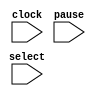
// The bakery algorithm for mutual exclusion simulates a bakery in
// which customers (processes) take a numbered ticket when they enter the
// store, and then wait for their number to be called.
//
// This (almost) parameterized implementation emulates interleaving
// of the system process by a nondeterministic global selector.
//
// This implementation is finite state.  Rather than holding a numerical
// ticket, processes update a matrix that keeps track of the relative age
// of their tickets.  When a process wants to enter the critical region,
// it records the indices of all processes currently holding a ticket.
// These are the processes to which it will defer.  Hence, the information
// stored in a matrix called "defer."
//
// Ties among processes with ticket of the same age are broken according
// to a fixed priority scheme:  a process with lower index has precedence
// over one with higher index.
//
// On exit from the critical region, a process has to clear all the deference
// bits in which it is one of the two parties to prevent deadlock.
//
// Due to restrictions imposed by vl2mv, the parameterization of this
// description is incomplete.  Besides changing the values of the
// parameters, one also has to modify the two functions extract and
// clearBit.
//
// This description still retains the basic sequence of actions (distributed
// among 11 program steps) of the original bakery in the VIS distribution.
// In particular, the setting of the defer bits (corresponding to the choice
// of a ticket) is an atomic operation.  So is the clearing of the defer
// bits on exit from the critical regions.  This is not a very good idea,
// though it reduces the sequential depth of the model.
//

// Type of program counter locations.
//typedef enum {L1, L2, L3, L4, L5, L6, L7, L8, L9, L10, L11} loc;

module bakery(clock,select,pause);
    // MSB of the process index variables.  Enough bits should be given
    // to represent HIPROC+1
    parameter		SELMSB = 1;
    // Highest process index.  Indices start at 0.
    // It must be HIPROC < 2**(SELMSB+1).
    parameter 		HIPROC = 2;
    
    
    parameter PCMSB = 3;

    parameter L1 = 0;
    parameter L2 = 1;
    parameter L3 = 2;
    parameter L4 = 3;
    parameter L5 = 4;
    parameter L6 = 5;
    parameter L7 = 6;
    parameter L8 = 7;
    parameter L9 = 8;
    parameter L10 = 9;
    parameter L11 = 10;
    
    
    input 		clock;
    // Nondeterministic selection of enabled process.
    input [SELMSB:0] 	select;
    // Nondeterministic choice between pause and progress.
    input 		pause;

    // The ticket-holding flags of the processes.
    reg			ticket[0:HIPROC];
    // More than one process may be choosing a ticket.  Hence, more than
    // one process may end up with the same ticket number.  These global
    // variables allow one process to wait for completion of a choice
    // that is in progress before comparing its ticket to that of another
    // process.  If the ticket number is the same, the process index is
    // used to decide which process accesses the critical section.
    reg 		choosing[0:HIPROC];
    // The program counters of the processes.
    reg [PCMSB:0]            pc[0:HIPROC];
    // The loop indices of the processors.
    reg [SELMSB:0] 	j[0:HIPROC];
    // The latched value of the process selection variable.
    // Th1s variable appears in the fairness constraints.
    reg [SELMSB:0] 	selReg;
    // Register used to hold j[sel].  It could be replaced by a wire,
    // but the BDDs would suffer.
    reg [SELMSB:0] 	k;
    reg [HIPROC:0]	defer[0:HIPROC];
    reg [HIPROC:0] 	defSel, defK;
    reg 		defSelK, defKSel;
    integer 		i;


    // Extract one bit from a vector.
    // WARNING: change if HIPROC is modified.
    function extract;
	input [HIPROC:0] in;
	input [SELMSB:0] index;
	begin: _extract
	    if (index == 0)
	      extract = in[0];
	    else if (index == 1)
	      extract = in[1];
	    else if (index == 2)
	      extract = in[2];
	    else
	      extract = 0;	// should not happen
	end
    endfunction // extract


    // Returns the first input with the bit selected by the second input
    // set to 0.
    // WARNING: change if HIPROC is modified.
    function [HIPROC:0] clearBit;
	input [HIPROC:0] in;
	input [SELMSB:0] index;
	begin: _clearBit
	    clearBit = in;
	    if (index == 0)
	      clearBit[0] = 0;
	    else if (index == 1)
	      clearBit[1] = 0;
	    else if (index == 2)
	      clearBit[2] = 0;
	end
    endfunction // clearBit


    task process;
	input [SELMSB:0] sel;
	begin: _process
	    case (pc[sel])
	      L1: begin choosing[sel] = 1; pc[sel] = L2; end
	      L2: begin
		  defSel = 0;
		  for (i = 0; i <= HIPROC; i = i + 1)
		    defSel = {ticket[i], defSel[HIPROC:1]};
		  defer[sel] = defSel;
		  ticket[sel] = 1;
		  pc[sel] = L3;
	      end
	      L3: begin choosing[sel] = 0; pc[sel] = L4; end
	      // Loop over all processes to check ticket.
	      L4: begin j[sel] = 0; pc[sel] = L5; end
	      L5: begin
		  if (j[sel] <= HIPROC) pc[sel] = L6; else pc[sel] = L9;
	      end
	      // Wait while (choosing[j[sel]])
	      L6: begin
		  k = j[sel];
		  if (choosing[k]) pc[sel] = L6; else pc[sel] = L7;
	      end
	      // Wait while process j[sel] has an older ticket, or it
	      // has a ticket of the same age and higher priority.
	      L7: begin
		  k = j[sel];
		  defSel = defer[sel];
		  defK = defer[k];
		  defSelK = extract(defSel,k);
		  defKSel = extract(defK,sel);
		  if (ticket[k] && (defSelK || (!defKSel && k < sel)))
		    pc[sel] = L7;
		  else
		    pc[sel] = L8;
	      end
	      L8: begin j[sel] = j[sel] + 1; pc[sel] = L5; end
	      // Enter critical section.
	      L9: begin if (pause) pc[sel] = L9; else pc[sel] = L10; end
	      // Leave critical section.
	      L10: begin
		  ticket[sel] = 0;
		  for (i = 0; i <= HIPROC; i = i + 1) begin
		      defK = defer[i];
		      defer[i] = clearBit(defK,sel);
		  end
		  pc[sel] = L11;
	      end
	      L11: begin if (pause) pc[sel] = L11; else pc[sel] = L1; end
	    endcase
	end
    endtask // process

    initial begin
	for (i = 0; i <= HIPROC; i = i + 1) begin
	    ticket[i] = 0;
	    defer[i] = 0;
	    choosing[i] = 0;
	    pc[i] = L1;
	    j[i] = 0;
	end
	k = 0;
	selReg = 0;
	defSel = 0;
	defK = 0;
	defSelK = 0;
	defKSel = 0;
    end

    always @ (posedge clock) begin
	if (select > HIPROC)
	  selReg = 0;
	else
	  selReg = select;
	process(selReg);
    end

endmodule // bakery